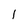
Character: 1